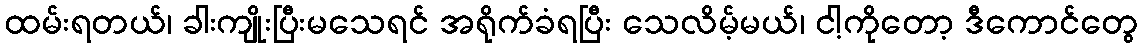
ထမ်းရတယ်၊ ခါးကျိုးပြီးမသေရင် အရိုက်ခံရပြီး သေလိမ့်မယ်၊ ငါ့ကိုတော့ ဒီကောင်တွေ